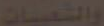
والشعبيات